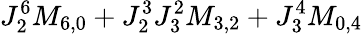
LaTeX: J_{2}^{6}M_{6,0}+J_{2}^{3}J_{3}^{2}M_{3,2}+J_{3}^{4}M_{0,4}